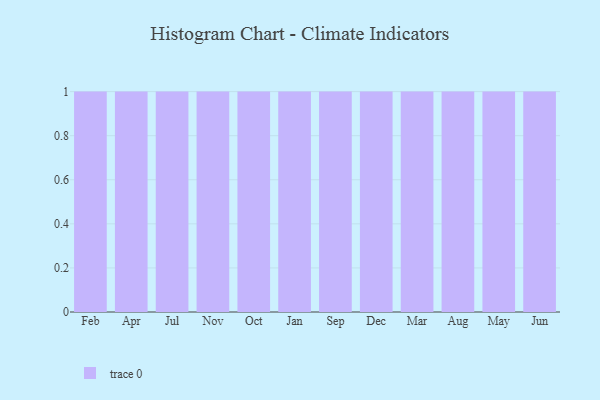
{"axis": {"x": "Month", "y": "Energy Usage (MWh)"}, "legend": [""], "data": [{"x": "Feb", "y": 36, "type": ""}, {"x": "Apr", "y": 45, "type": ""}, {"x": "Jul", "y": 59, "type": ""}, {"x": "Nov", "y": 49, "type": ""}, {"x": "Oct", "y": 50, "type": ""}, {"x": "Jan", "y": 54, "type": ""}, {"x": "Sep", "y": 15, "type": ""}, {"x": "Dec", "y": 79, "type": ""}, {"x": "Mar", "y": 19, "type": ""}, {"x": "Aug", "y": 83, "type": ""}, {"x": "May", "y": 13, "type": ""}, {"x": "Jun", "y": 93, "type": ""}]}